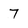
Character: 7